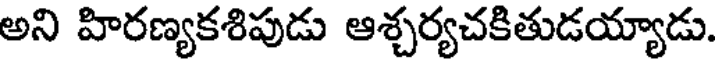
అని హిరణ్యకశిపుడు ఆశ్చర్యచకితుడయ్యాడు.